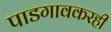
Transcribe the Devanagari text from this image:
पाडगावकरही